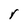
Character: r